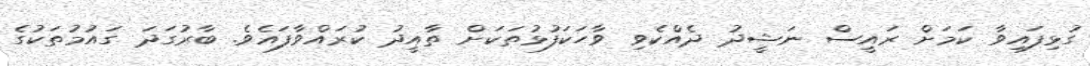
ގުޅިފައިވާ ކަމަށް ރައީސް ނަޝީދު ދެއްކެވި ވާހަކަފުޅުތަކަށް ތާއީދު ކުރައްވާފައެވެ. ބާރުގަދަ ގައުމުތަކުގެ